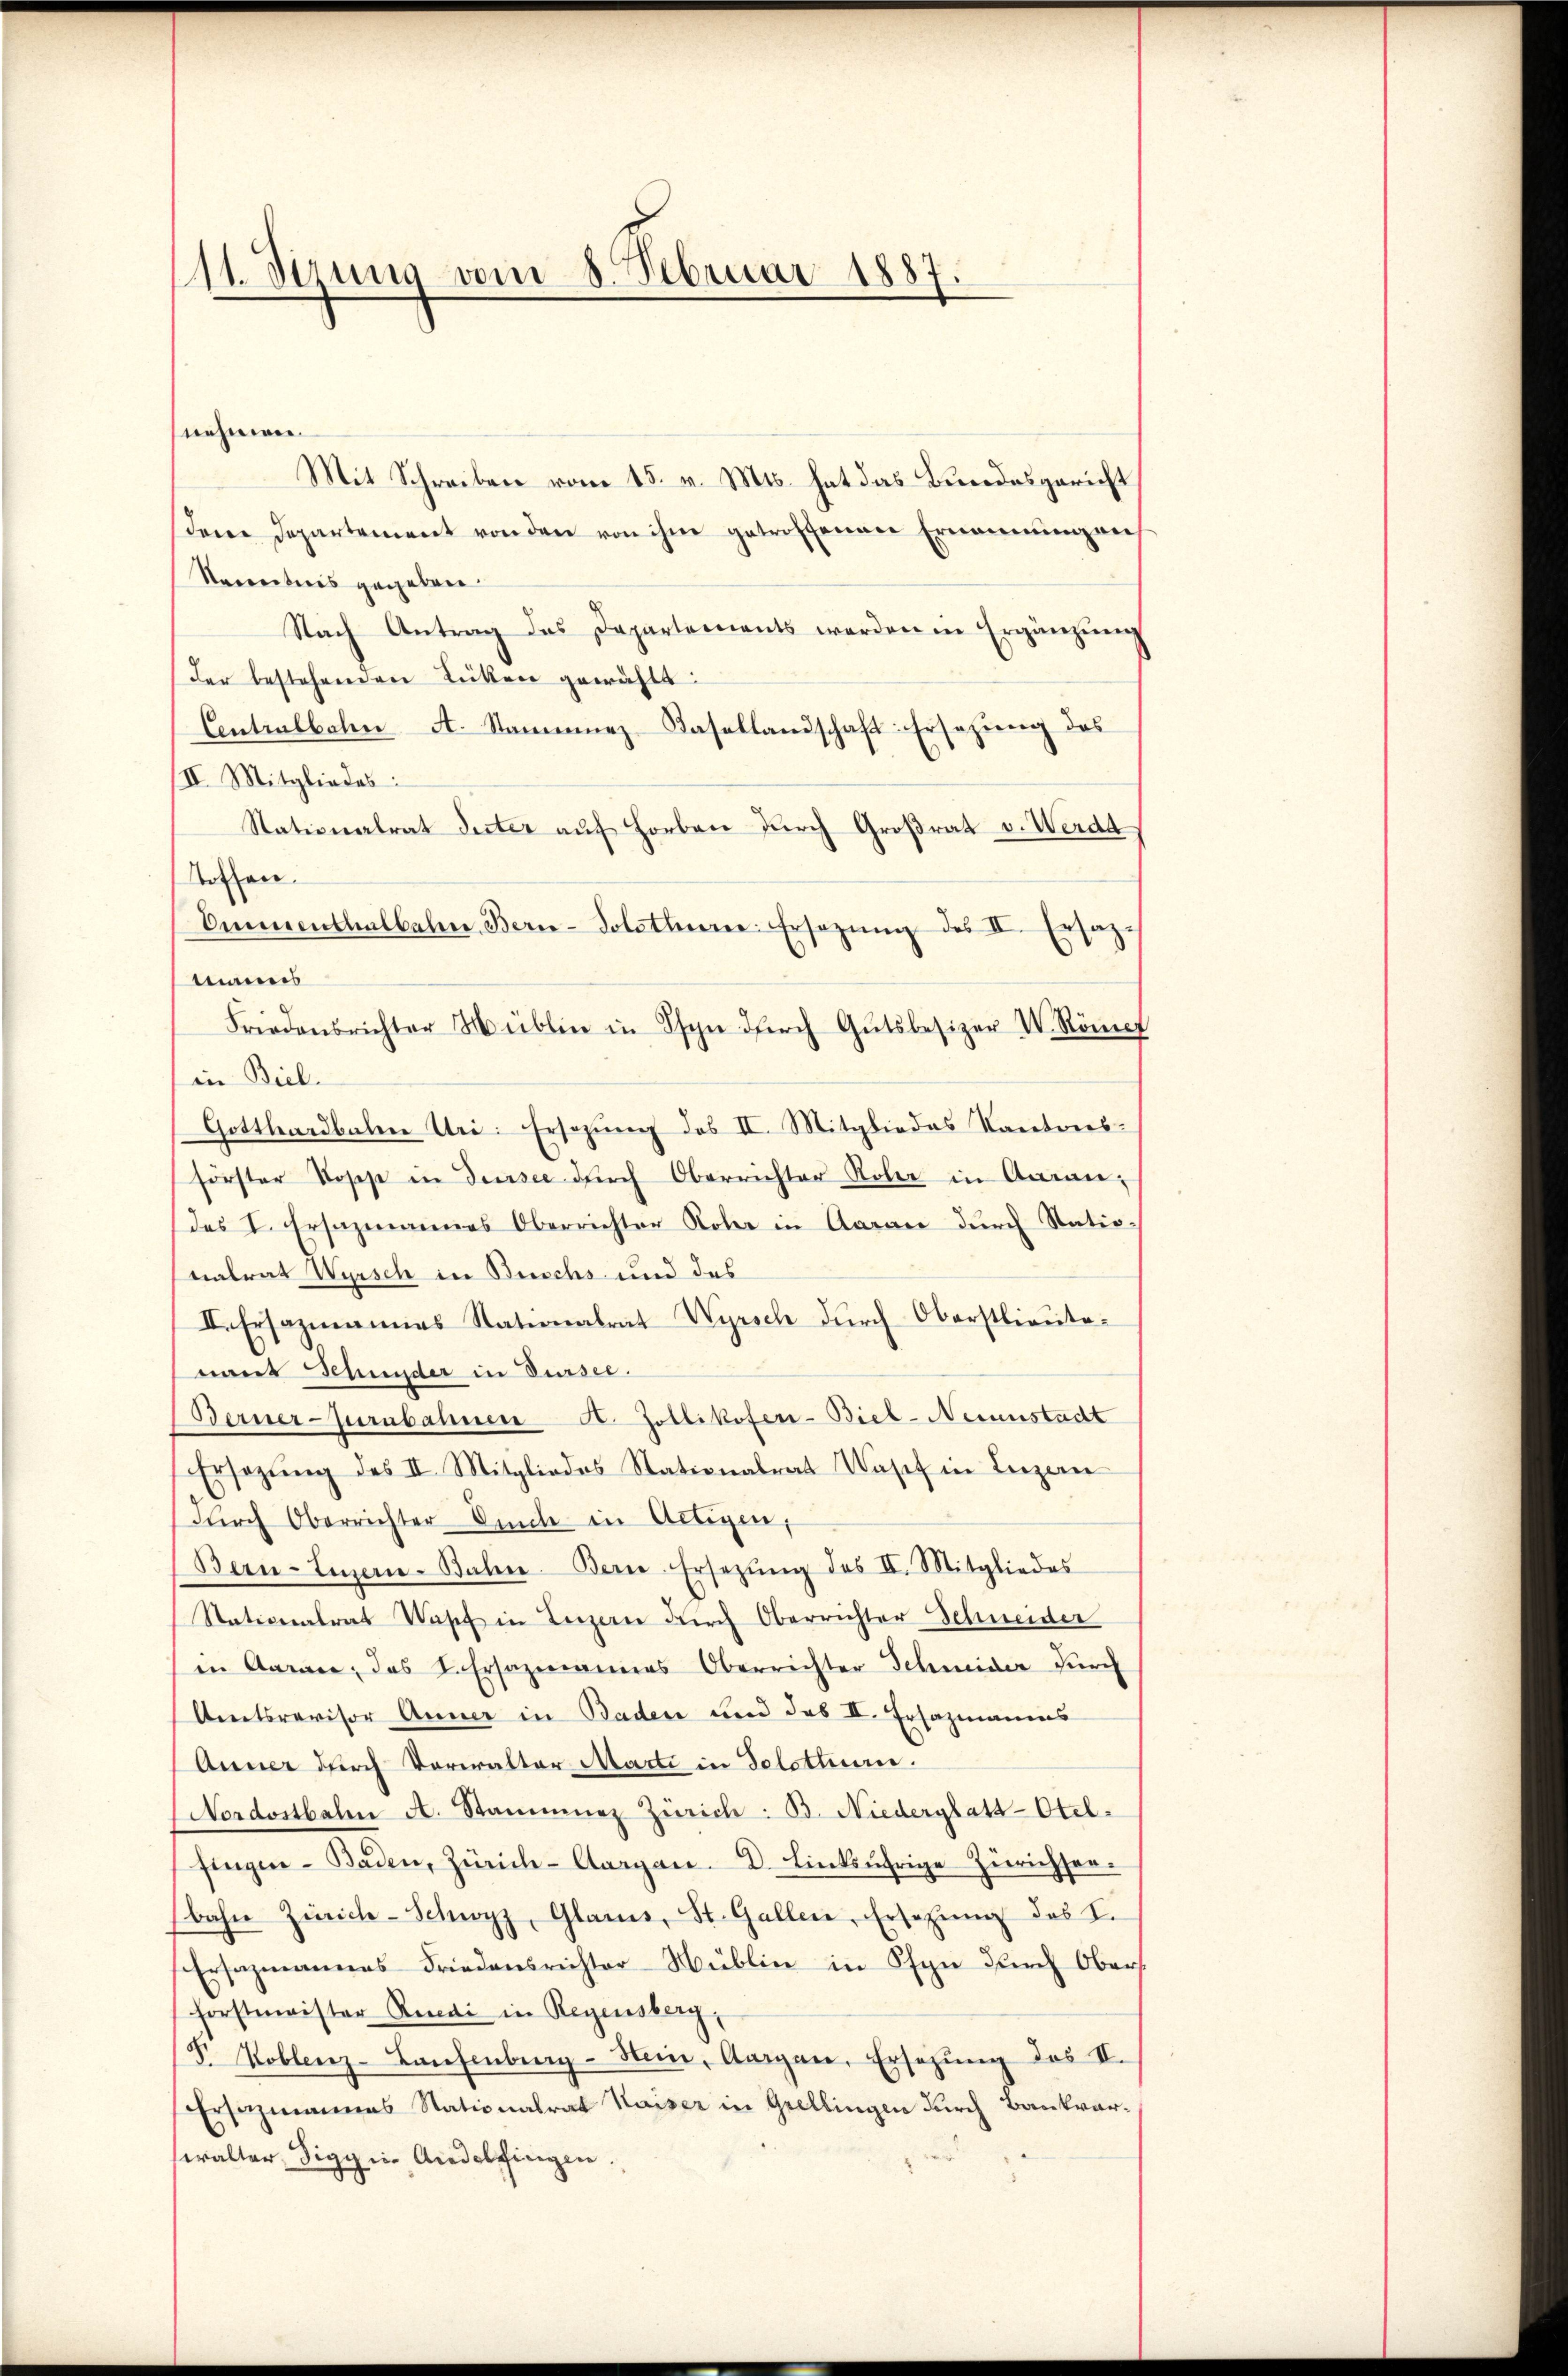
11. Stzung vom 8. Februar 1887.

nehmen.
Mit Schreiben vom 15. v. Mts. hat das Bundesgericht
dem Departement von den von ihm getroffenen Ernennungen
Secetnis gegeben.
Nach Antrag des Departements werden in Ergänzŭng
der bestehenden Lücken gewählt:
Centralbalen A. Stammenz-Kasellandschaft: Ersezung des
III. Mitgliedes:
Stationalrat Peter auf Horben durch Großrat v. Werde
Roten.
Ommenthalbahn Bern-Solothure. Ersezung des II. Ersatzmanns
Friedensrichter üblin in Pfyn dŭrch Gutsbesizer V. Röme
in Biel
Gotthardbalen Uri: Ersezung des II. Mitgliedes Kantonsförster Rosse in densee dŭrch Oberrichter Rober in Arran-
des I. Ersatzmannes Oberrichter Rober in Aaran dŭrch Natio-
nalrat Wyrisch in Buschs und des
II. Ersazmannes Nationalrat Wyrsch durch Oberstlieutenant Schunder in Durser.
Berner-Jurnbahnen A. Zollikofer-Biel-Neuenstacht
Ersetzŭng des II. Mitgliedes Stationalrat Josef in Luzern
dŭrch Oberrichter Dich in Altigen,
Bern-Linerie-Bahn. Bern-Ersetzŭng des II. Mitgliedes
Nationalrat Wasch in Luzern durch Oberrichter Schneider
in Garan, das L. Ersazmannes Oberrichter Schneider durch
Amtsrevisor Anner in Baden und das II. Ersazmanns
Anner durch Verwalter Marti in Solothurn.
Nordostbalen A. Stammene Zürich: B. Niederglatt-Otel.
fingen - Baden, Zürich-Aargau. D. Linksührige Zürichsen.
bahn Zürich-Schwyz, Glarus, St. Gallen, Ersetzung des L.
Ersazmannes Friedensrichter-Müblin in Pfyn durch Obers
Forstmeister Renai in Regensberg,
F. Koblenz-Laufenburg-Stein, Aargau, Ersezung des II.
Ersatzmannes Stationalrat Kaiser in Grellingen durch Bankarwalter, Siggii Andelfingen.